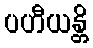
ပဟီယန္တိ